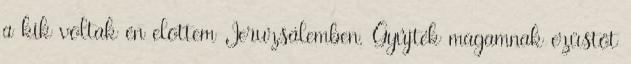
a kik voltak én elõttem Jeruzsálemben. Gyûjték magamnak ezüstöt